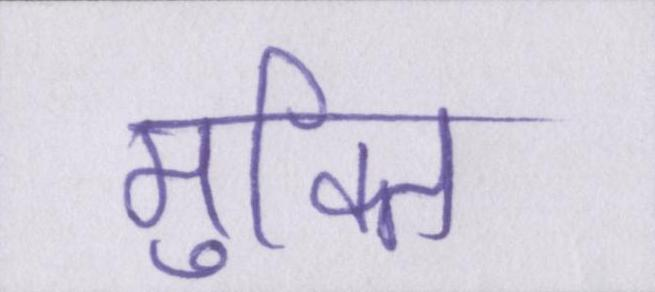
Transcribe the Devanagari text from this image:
मुक्ति